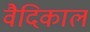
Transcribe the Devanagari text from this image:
वैदिकाल